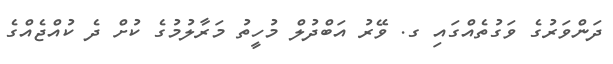
ދަންވަރުގެ ވަގުތެއްގައި ގ. ވޭރު އަބްދުލް މުހީތު މަރާލުމުގެ ކުށް ދެ ކުއްޖެއްގެ